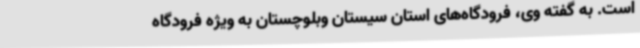
است. به گفته وی، فرودگاه‌های استان سیستان وبلوچستان به ویژه فرودگاه‌